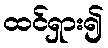
ထင်ရှား၍